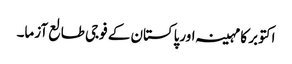
اکتوبر کا مہینہ اورپاکستان کے فوجی طالع آزما۔